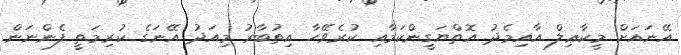
އޭނައަށް މީކާޢިލް އާއިމެދު އޮތްޔަގީންކަމާއި ކުރެވޭހާ އިތުބާރު މިއަދު އޭނަގެ ކުރިމަތީ ފެންނަން